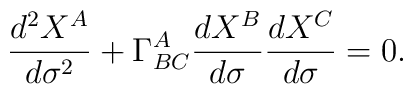
\frac{d^2X^A}{d\sigma^2}+\Gamma^A_{BC}\frac{dX^B}{d\sigma}\frac{dX^C}{d\sigma}=0.